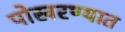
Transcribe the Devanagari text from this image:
पोखरण्यात